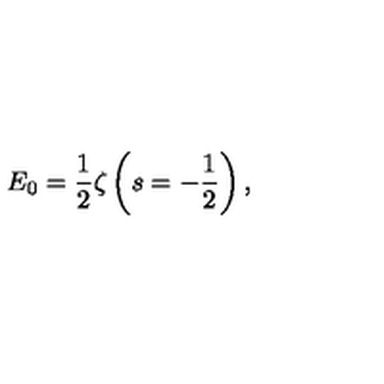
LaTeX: E _ { 0 } = \frac { 1 } { 2 } \zeta \left( s = - \frac { 1 } { 2 } \right) ,